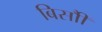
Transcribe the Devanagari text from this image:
बिसौी